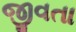
જીવતા